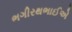
ભગીરથભાઈએ